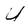
Character: U